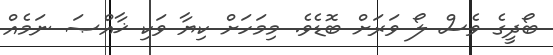
ބޯދީގެ ވެސް ލޯ ވަރަށް ބޮޑެވެ. މިމަހަށް ކިޔާ ވަކި ޚާއްޞަ ނަމެއް